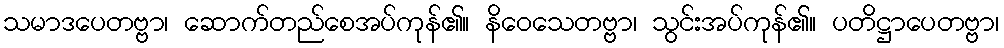
သမာဒပေတဗ္ဗာ၊ ဆောက်တည်စေအပ်ကုန်၏။ နိဝေသေတဗ္ဗာ၊ သွင်းအပ်ကုန်၏။ ပတိဋ္ဌာပေတဗ္ဗာ၊